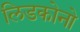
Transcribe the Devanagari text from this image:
लिडकोनो